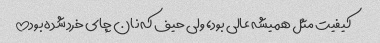
کیفیت مثل همیشه عالی بود، ولی حیف که نان چای خرد شده بود!!